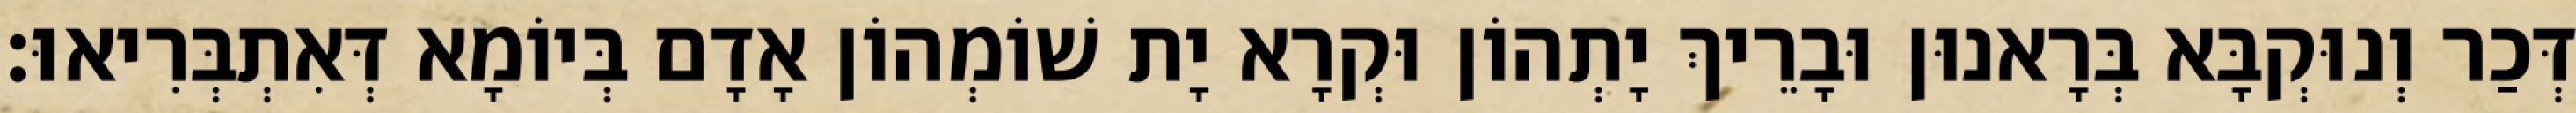
דְּכַר וְנוּקְבָּא בְּרָאנוּן וּבָרֵיךְ יָתְהוֹן וּקְרָא יָת שׁוֹמְהוֹן אָדָם בְּיוֹמָא דְּאִתְבְּרִיאוּ׃